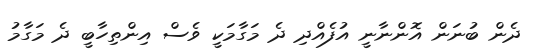
ދެން ބުނަން އޮންނާނީ އުފެއްދި ދެ މަގާމަކީ ވެސް އިންތިހާބީ ދެ މަގާމު